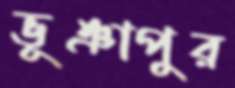
ভূঞাপুর